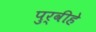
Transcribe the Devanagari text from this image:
पुर्वीहे